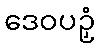
ဒေဝပဉှံ